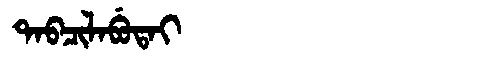
Manchu: ᡨᠠᠪᠴᡳᠯᠠᠪᡠᡨᠠᡳ
Romanization: TABCILABUTAI